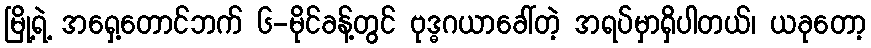
မြို့ရဲ့ အရှေ့တောင်ဘက် ၆-မိုင်ခန့်တွင် ဗုဒ္ဓဂယာခေါ်တဲ့ အရပ်မှာရှိပါတယ်၊ ယခုတော့